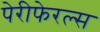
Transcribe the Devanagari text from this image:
पेरीफेरल्स